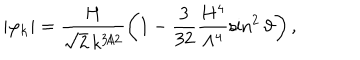
\vert \varphi _ { \bf k } \vert = \frac { H } { \sqrt { 2 } \, k ^ { 3 / 2 } } \left( 1 - \frac { 3 } { 3 2 } \frac { H ^ { 4 } } { \Lambda ^ { 4 } } \sin ^ { 2 } \vartheta \right) ,